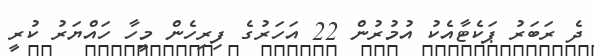
ދެ ރަބަރު ޕަކެޓާއެކު އުމުރުން 22 އަހަރުގެ ފިރިހެން މީހާ ހައްޔަރު ކުރީ